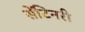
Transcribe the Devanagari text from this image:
सेंटिनरी